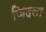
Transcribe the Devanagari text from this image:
जिदला